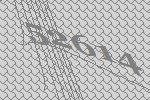
52614